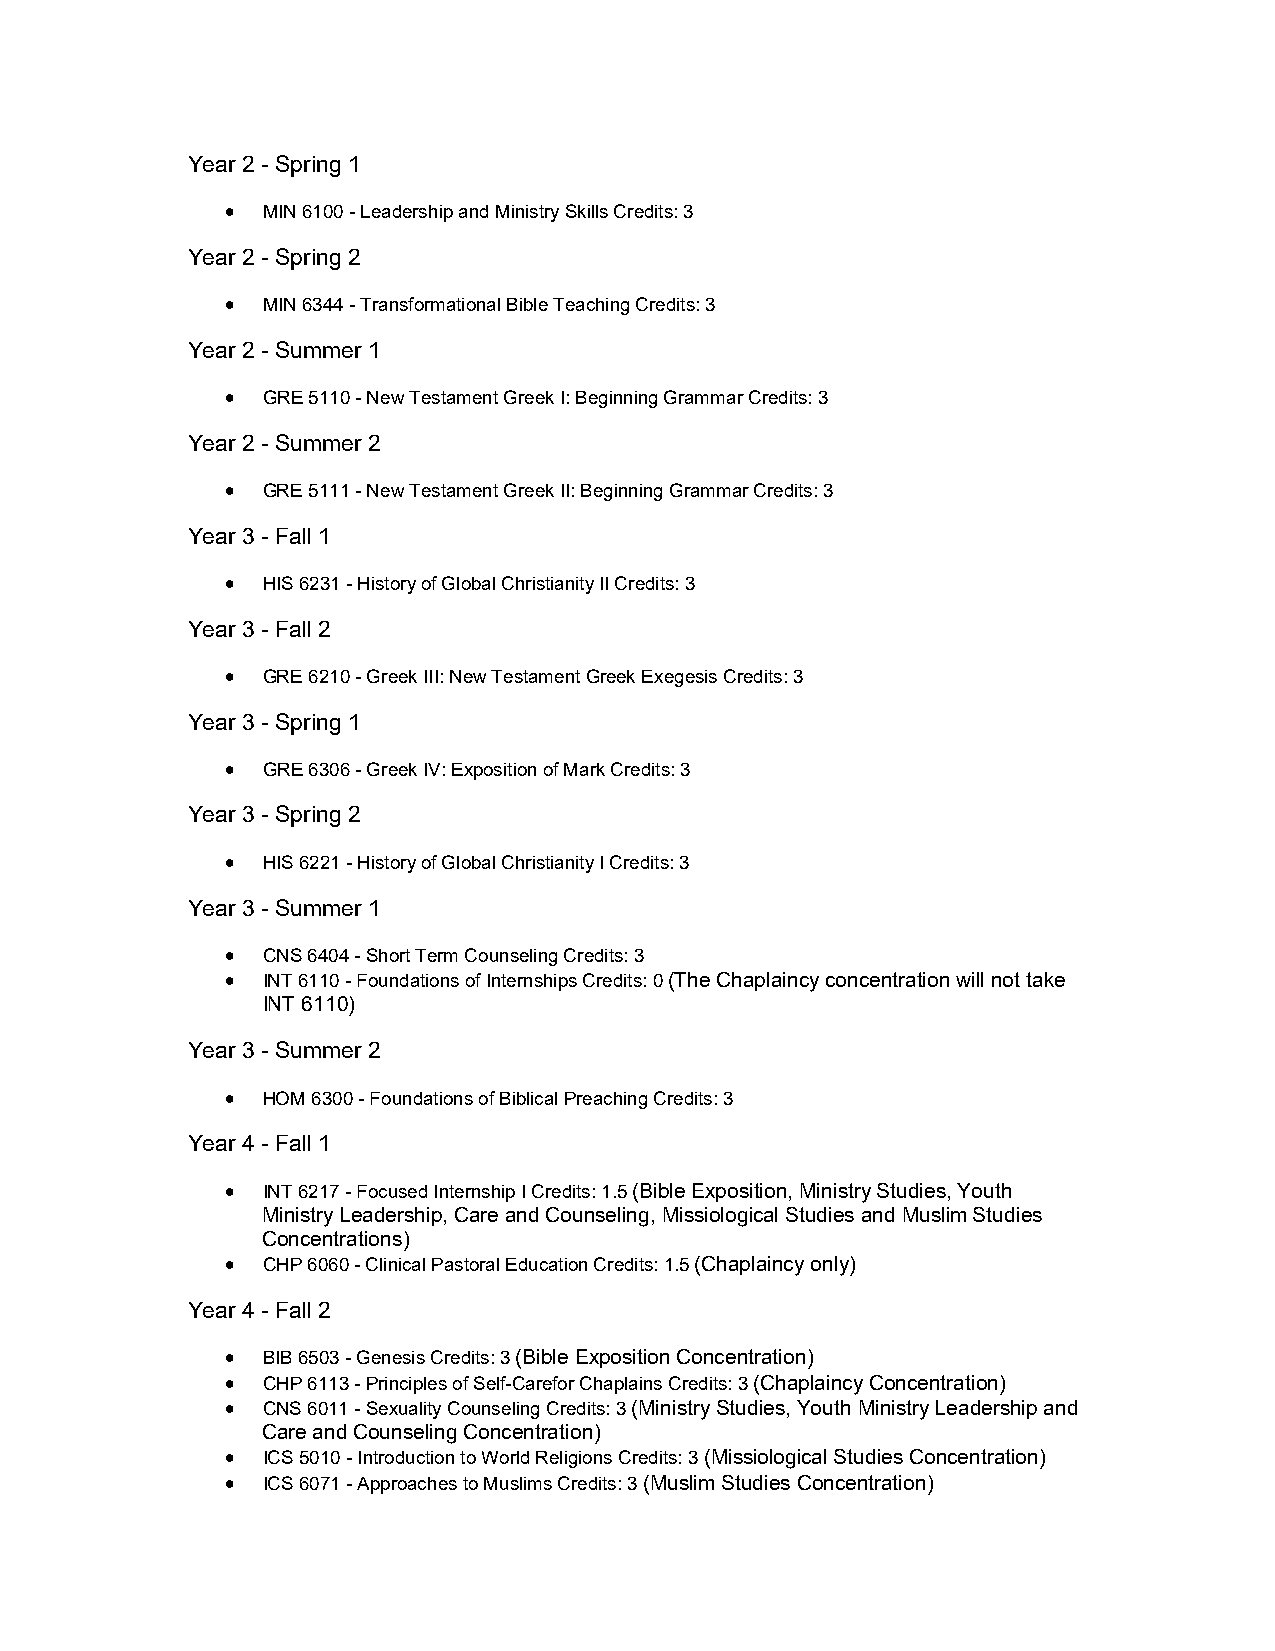
Year 2 - Spring 1
  MIN 6100 - Leadership and Ministry Skills Credits: 3
 Year 2 - Spring 2
  MIN 6344 - Transformational Bible Teaching Credits: 3
 Year 2 - Summer 1
  GRE 5110 - New Testament Greek I: Beginning Grammar Credits: 3
 Year 2 - Summer 2
  GRE 5111 - New Testament Greek II: Beginning Grammar Credits: 3
 Year 3 - Fall 1
  HIS 6231 - History of Global Christianity II Credits: 3
 Year 3 - Fall 2
  GRE 6210 - Greek III: New Testament Greek Exegesis Credits: 3
 Year 3 - Spring 1
  GRE 6306 - Greek IV: Exposition of Mark Credits: 3
 Year 3 - Spring 2
  HIS 6221 - History of Global Christianity I Credits: 3
 Year 3 - Summer 1
  CNS 6404 - Short Term Counseling Credits: 3
  INT 6110 - Foundations of Internships Credits: 0 (The Chaplaincy concentration will not take
 INT 6110)
 Year 3 - Summer 2
  HOM 6300 - Foundations of Biblical Preaching Credits: 3
 Year 4 - Fall 1
  INT 6217 - Focused Internship I Credits: 1.5 (Bible Exposition, Ministry Studies, Youth
 Ministry Leadership, Care and Counseling, Missiological Studies and Muslim Studies
 Concentrations)
  CHP 6060 - Clinical Pastoral Education Credits: 1.5 (Chaplaincy only)
 Year 4 - Fall 2
  BIB 6503 - Genesis Credits: 3 (Bible Exposition Concentration)
  CHP 6113 - Principles of Self-Carefor Chaplains Credits: 3 (Chaplaincy Concentration)
  CNS 6011 - Sexuality Counseling Credits: 3 (Ministry Studies, Youth Ministry Leadership and
 Care and Counseling Concentration)
  ICS 5010 - Introduction to World Religions Credits: 3 (Missiological Studies Concentration)
  ICS 6071 - Approaches to Muslims Credits: 3 (Muslim Studies Concentration)